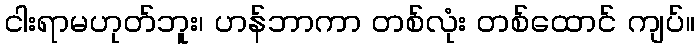
ငါးရာမဟုတ်ဘူး၊ ဟန်ဘာကာ တစ်လုံး တစ်ထောင် ကျပ်။